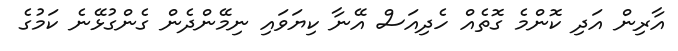
އާރިން އަދި ކޮންމެ ގޮތެއް ހެދިއަސް އޭނާ ކިޔަވައި ނިމޭންދެން ގެންގުޅޭނެ ކަމުގެ